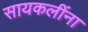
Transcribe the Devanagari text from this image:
सायकलींना